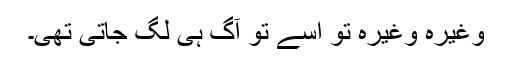
وغیرہ وغیرہ تو اسے تو آگ ہی لگ جاتی تھی۔